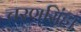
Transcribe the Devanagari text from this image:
चरणसिंह।